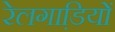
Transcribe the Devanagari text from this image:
रेलगाडि़यों